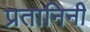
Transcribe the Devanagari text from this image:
प्रतानिनी